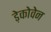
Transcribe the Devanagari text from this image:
ड़ेकोवेन